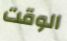
الوقت